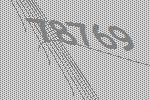
78769